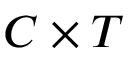
C \times T